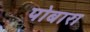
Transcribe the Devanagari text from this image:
पोबारा